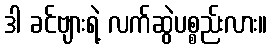
ဒါ ခင်ဗျားရဲ့ လက်ဆွဲပစ္စည်းလား။